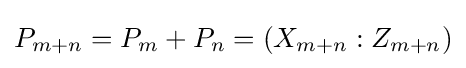
P_{m+n}=P_{m}+P_{n}=(X_{m+n}:Z_{m+n})